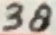
Text: 38